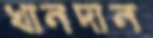
খানদান